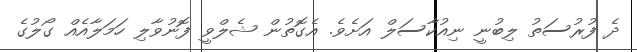
ދެ ފުރުސަތު ލިބުނީ ނިއުކާސަލް އަށެވެ. އެގޮތުން ޝެލްވީ ފޮނުވާލި ހަމަލާއެއް ގޯލުގެ